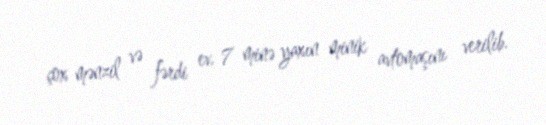
çox mənzil və fərdi ev, 7 minə yaxın minik avtomaşını verilib.